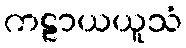
ကဠာယယူသံ